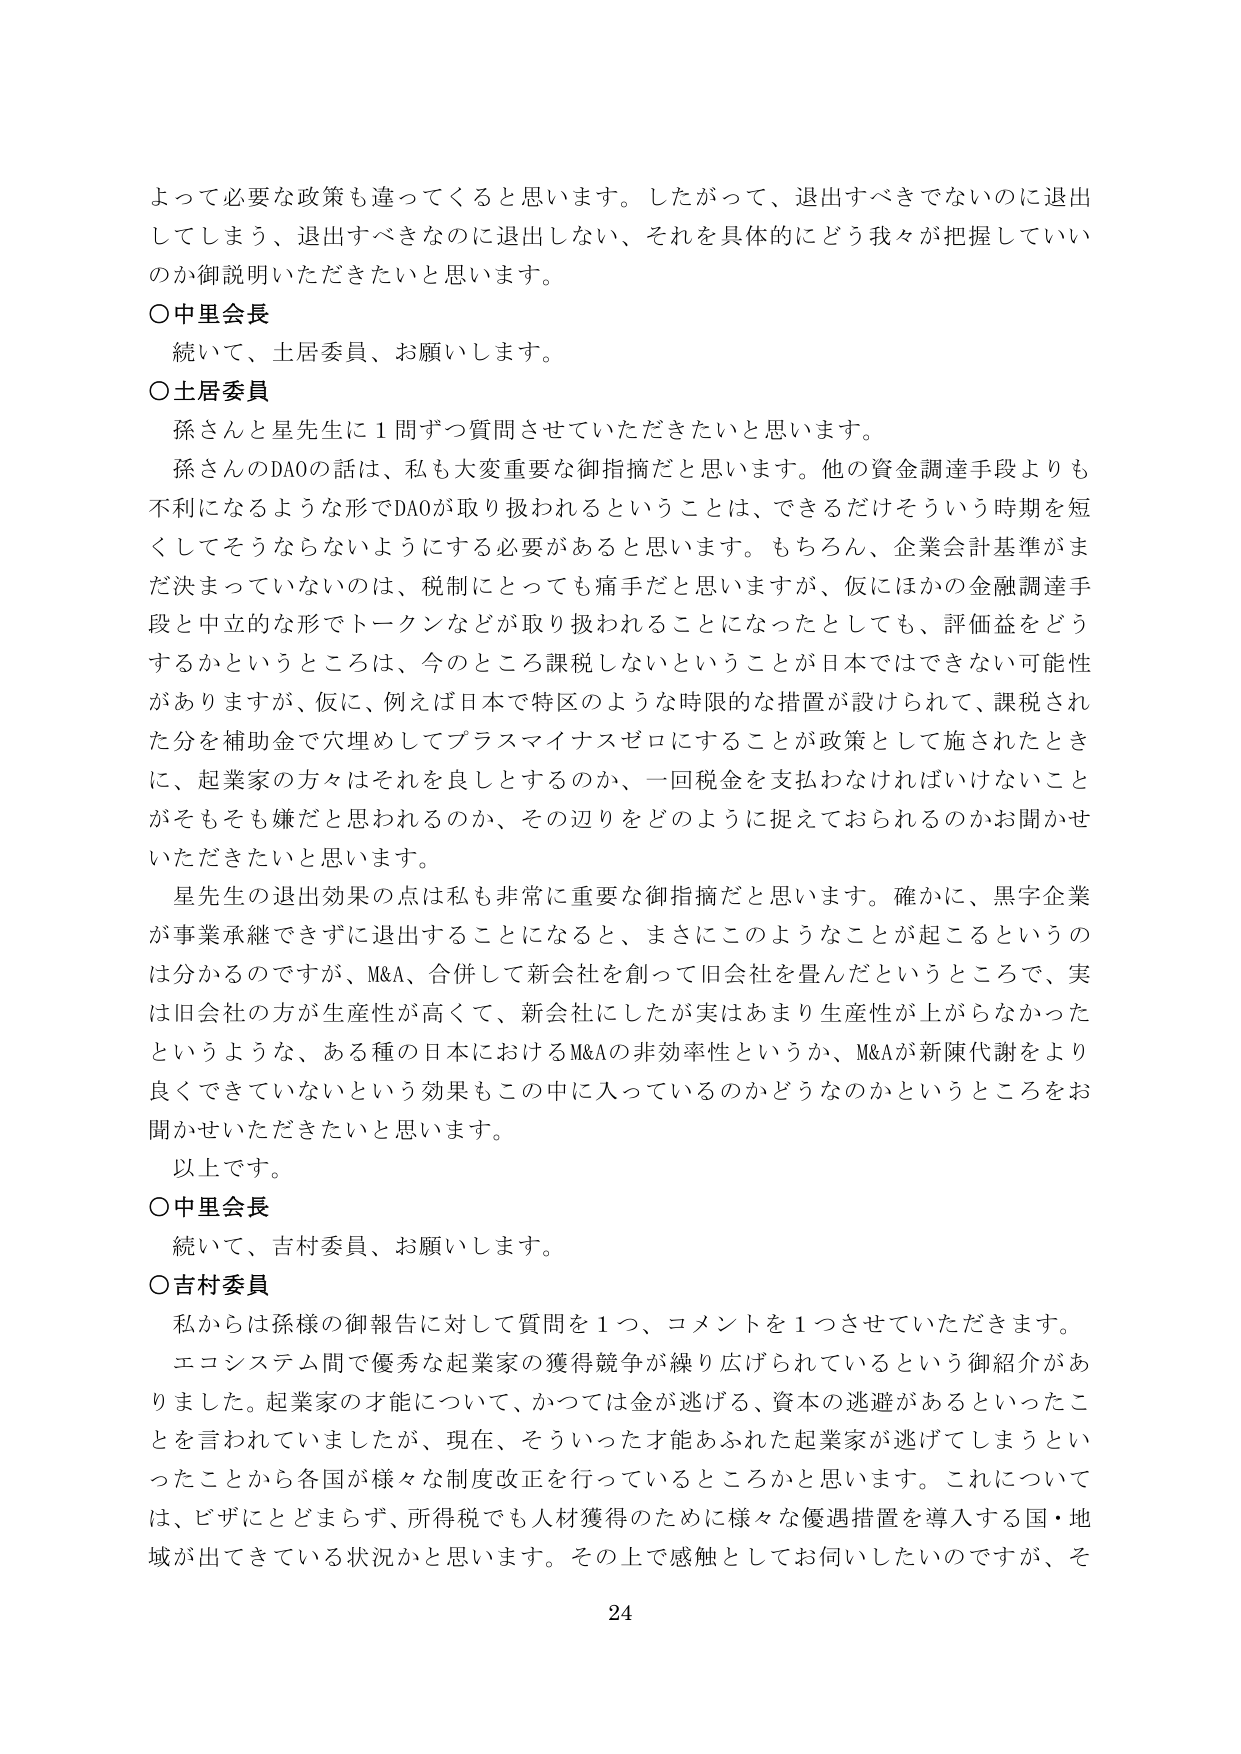
よって必要な政策も違ってくると思います。したがって、退出すべきでないのに退出してしまう、退出すべきなのに退出しない、それを具体的にどう我々が把握していいるか御説明いただきたいと思います。

○中里会長
続いて、土居委員、お願いします。

○土居委員
孫さんと星先生に１問ずつ質問させていただきたいと思います。
孫さんのDAOの話は、私も大変重要な御指摘だと思います。他の資金調達手段よりも不利になるような形でDAOが取り扱われるということは、できるだけそういう時期を短くしてそうならないようにする必要があると思います。もちろん、企業会計基準がまだ決まっていないのは、税制にとっても痛手だと思いますが、仮にほかの金融調達手段と中立的な形でトークンなどが取り扱われることになったとしても、評価益をどうするかというところは、今のところ課税しないということが日本ではできない可能性がありますが、仮に、例えば日本で特区のような時限的な措置が設けられて、課税された分を補助金で穴埋めしてプラスマイナスゼロにすることが政策として施されたときに、起業家の方々はそれを良しとするのか、一回税金を支払わなければいけないことがそもそも嫌だと思われるのか、その辺りをどのように捉えておられるのかお聞かせいただきたいと思います。

星先生の退出効果の点は私も非常に重要な御指摘だと思います。確かに、黒字企業が事業承継できずに退出することになると、まさにこのようなことが起こるというのは分かるのですが、M&A、合併して新会社を創って旧会社を畳んだというところで、実は旧会社の方が生産性が高く、新会社にしたが実はあまり生産性が上がらなかったというような、ある種の日本におけるM&Aの非効率性というか、M&Aが新陳代謝をより良くできていないという効果もこの中に入っているのかどうなのかというところをお聞かせいただきたいと思います。

以上です。

○中里会長
続いて、吉村委員、お願いします。

○吉村委員
私からは孫様の御報告に対して質問を１つ、コメントを１つさせていただきます。
エコシステム間で優秀な起業家の獲得競争が繰り広げられているという御紹介がありました。起業家の才能について、かつては金が逃げる、資本の逃避があるといったことを言われていましたが、現在、そういった才能あふれた起業家が逃げてしまうといったことから各国が様々な制度改正を行っているところかと思います。これについては、ビザにとどまらず、所得税でも人材獲得のために様々な優遇措置を導入する国・地域が出てきている状況かと思います。その上で感触としてお伺いしたいのですが、そ

24